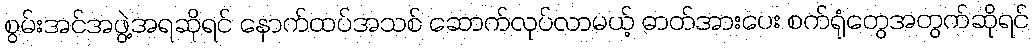
စွမ်းအင်အဖွဲ့အရဆိုရင် နောက်ထပ်အသစ် ဆောက်လုပ်လာမယ့် ဓာတ်အားပေး စက်ရုံတွေအတွက်ဆိုရင်